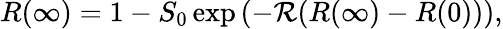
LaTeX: R(\infty)=1-S_{0}\exp\left(-\mathcal{R}(R(\infty)-R(0))\right),